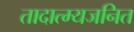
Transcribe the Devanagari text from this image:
तादात्म्यजनित